38_143685_box_Incident_Summaries_101-172
Agency: Department of War
Page 71
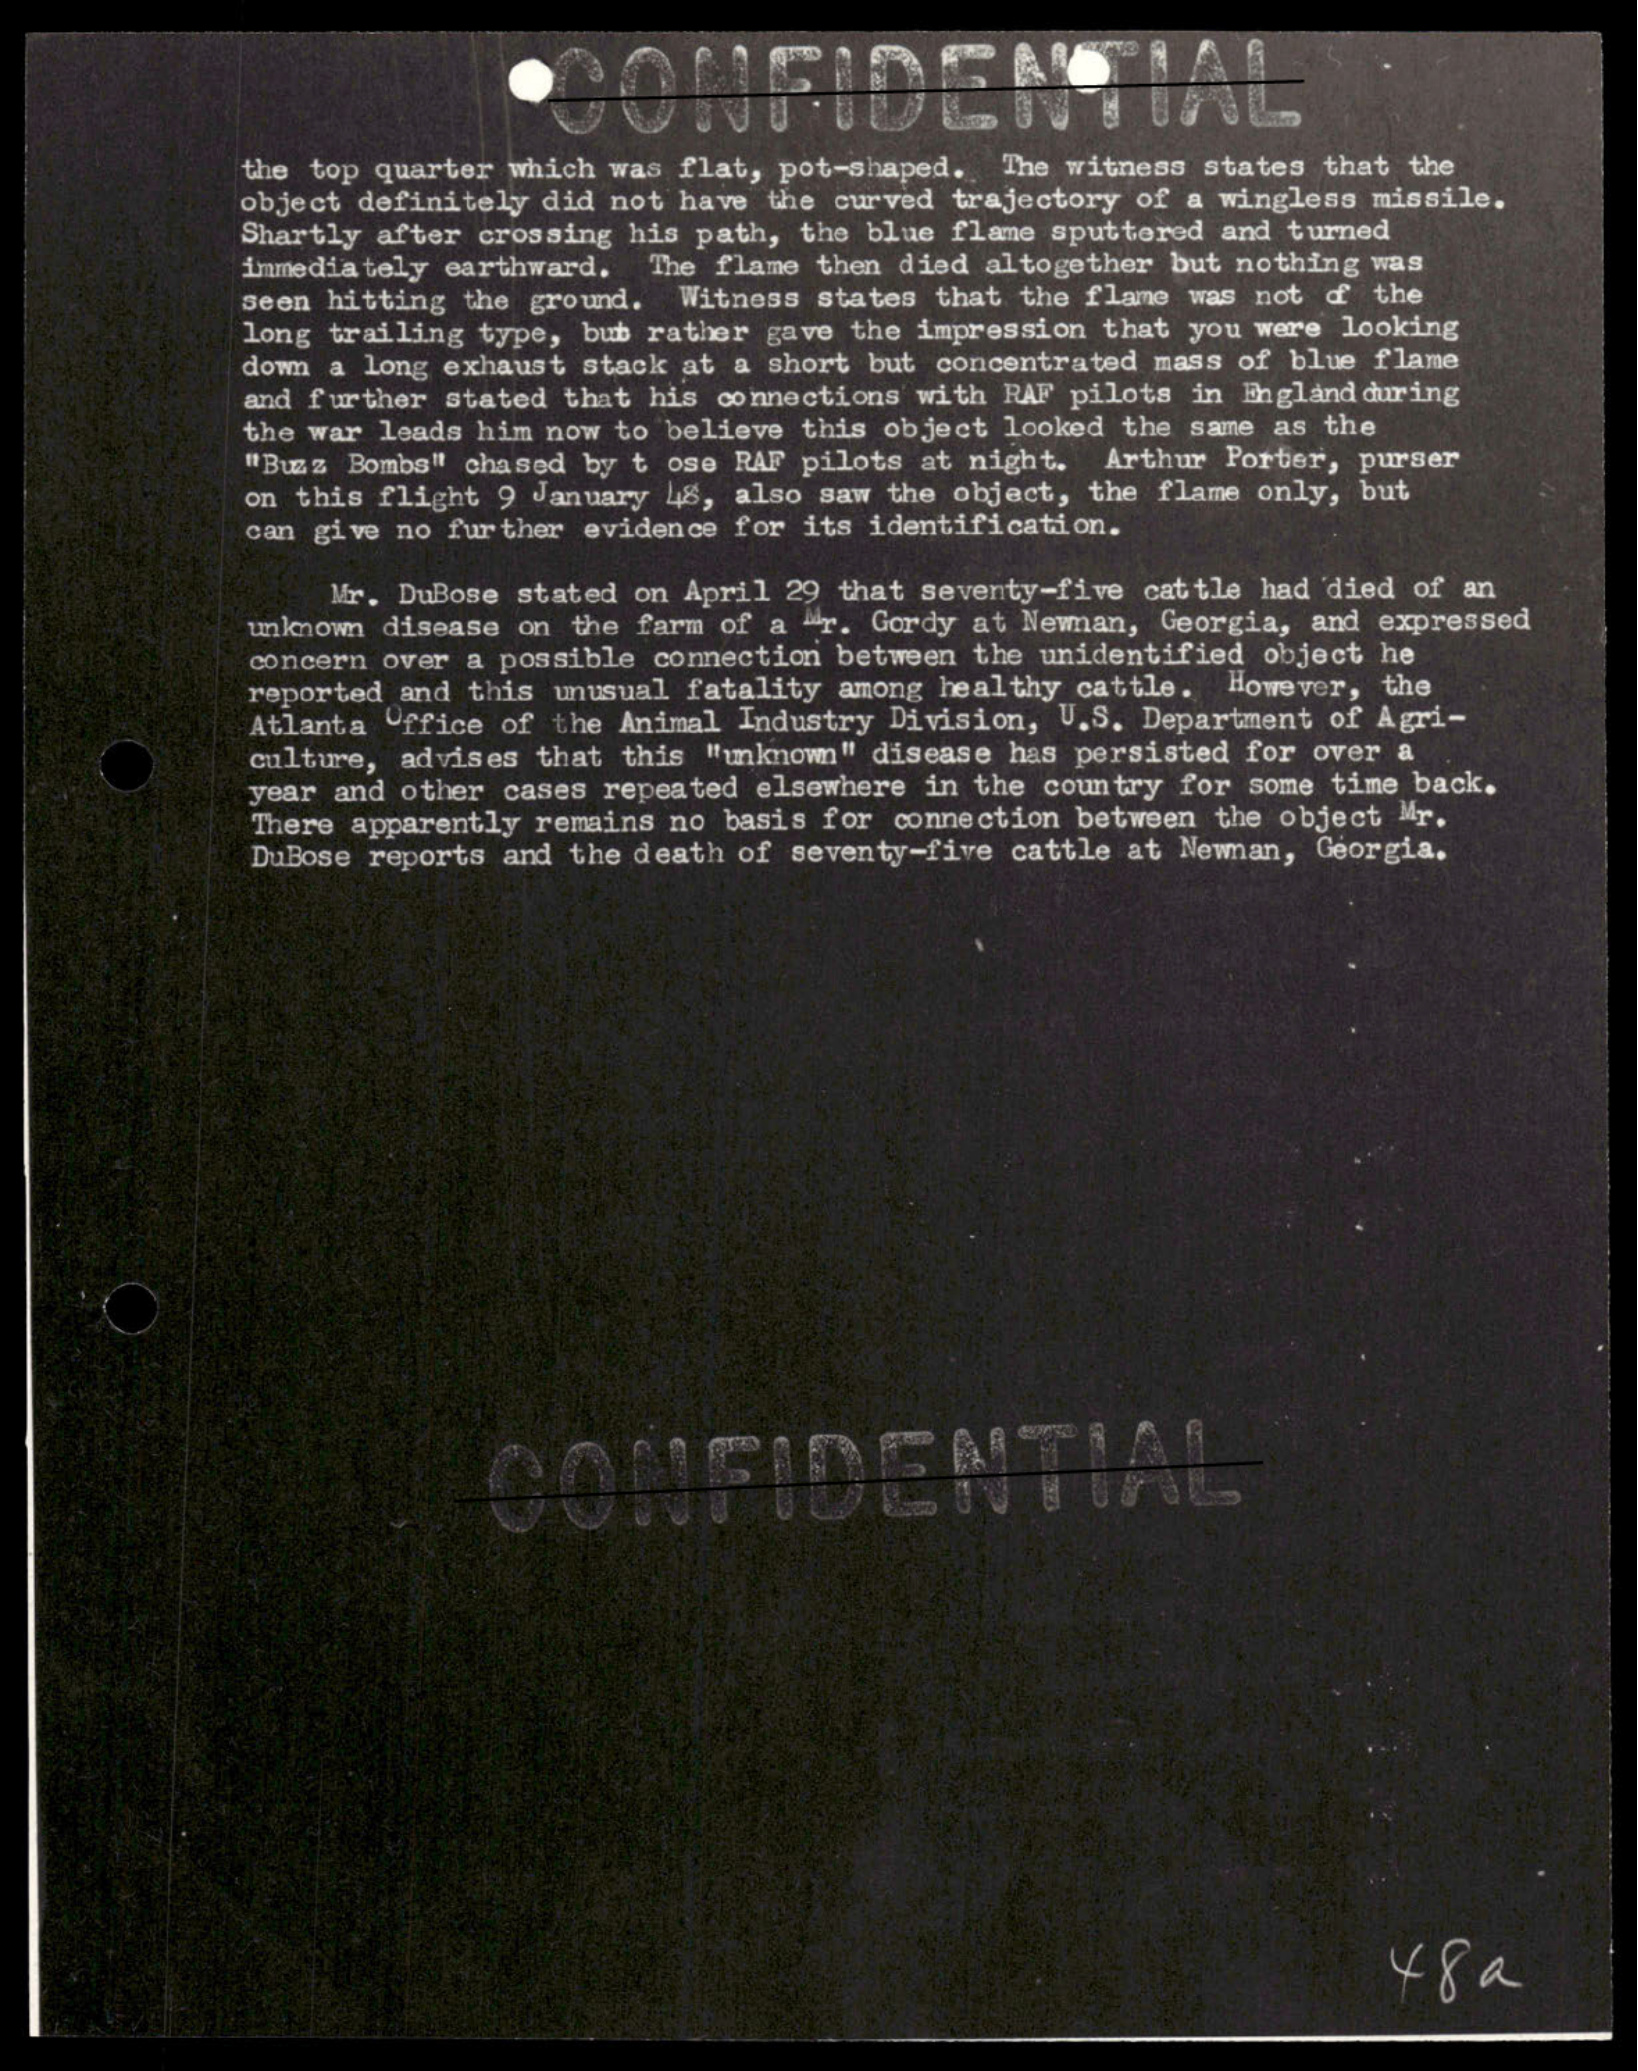